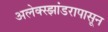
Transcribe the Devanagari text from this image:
अलेक्स्झांडरापासून